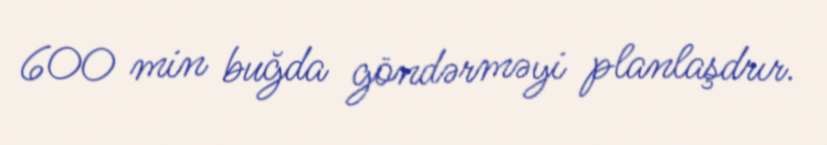
600 min buğda göndərməyi planlaşdrır.